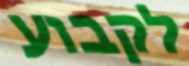
לקבוע